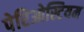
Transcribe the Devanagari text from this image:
पेरिओस्टियम